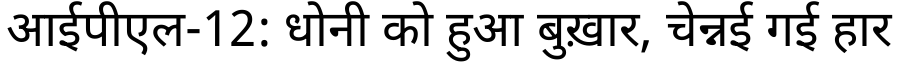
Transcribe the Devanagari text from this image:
आईपीएल-12: धोनी को हुआ बुख़ार, चेन्नई गई हार